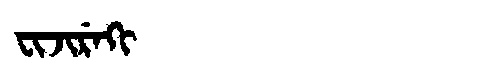
Manchu: ᠸᡳᠵᡳᡵᡝᡴᡳ
Romanization: FIJIREKI